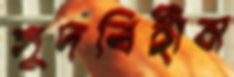
সুদবিহীন